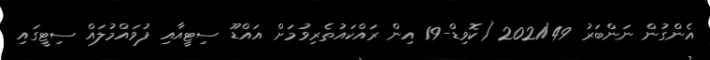
އެންގުން ނަންބަރު 2021/49 (ކޮވިޑް-19 އިން ރައްކައުތެރިވުމަށް އައްޑޫ ސިޓީއާއި ފުވައްމުލައް ސިޓީގައި